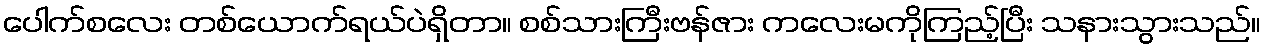
ပေါက်စလေး တစ်ယောက်ရယ်ပဲရှိတာ။ စစ်သားကြီးဗန်ဇား ကလေးမကိုကြည့်ပြီး သနားသွားသည်။